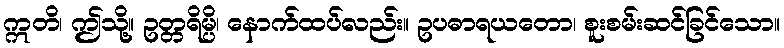
ဣတိ၊ ဤသို့။ ဥတ္တရိမ္ပိ၊ နောက်ထပ်လည်း။ ဥပဓာရယတော၊ စူးစမ်းဆင်ခြင်သော။